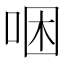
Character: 𠳁